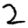
Digit: 2